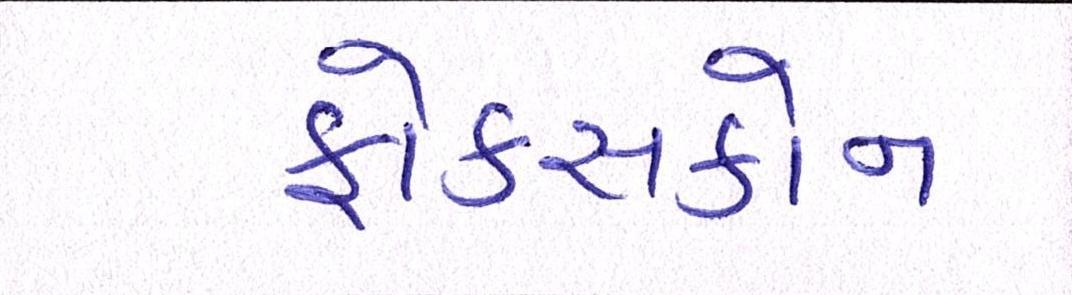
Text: ફોક્સકોન